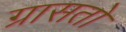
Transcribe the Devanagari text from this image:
ग्रासतो